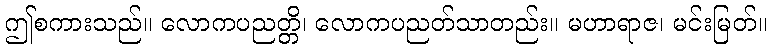
ဤစကားသည်။ လောကပညတ္တိ၊ လောကပညတ်သာတည်း။ မဟာရာဇ၊ မင်းမြတ်။